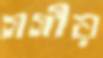
গগীয়